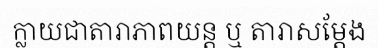
ក្លាយជាតារាភាពយន្ត ឬ តារាសម្តែង